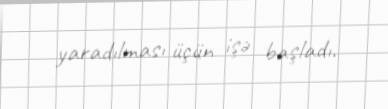
yaradılması üçün işə başladı.